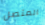
المتصل